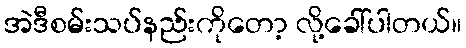
အဲဒီစမ်းသပ်နည်းကိုတော့ လို့ခေါ်ပါတယ်။